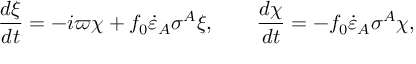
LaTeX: \frac { d \xi } { d t } = - i \varpi \chi + f _ { 0 } \dot { \varepsilon } _ { A } \sigma ^ { A } \xi , \qquad \frac { d \chi } { d t } = - f _ { 0 } \dot { \varepsilon } _ { A } \sigma ^ { A } \chi ,